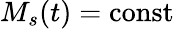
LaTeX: M_{s}(t)=\mathrm{const}